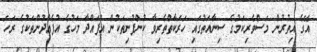
އޭގެ އިތުރުން މަސްވެރިކަމުގެ ސިނާއަތުގައި ހަރަކާތްތެރިވާ ކުންފުނިތަކުން އުފައްދާ މަހުގެ އުފެއްދުންތަކުގެ ރަހަ